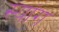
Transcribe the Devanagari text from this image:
स्‍यांग